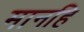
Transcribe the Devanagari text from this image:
मानहि